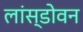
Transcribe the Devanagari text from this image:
लांस्डोवन